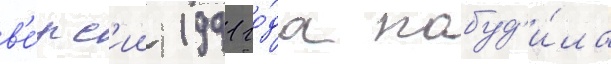
в'е́рс'ии 1991 го́да побуд'и́ла